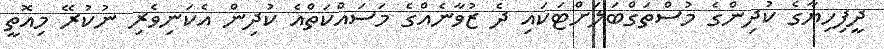
ދީީފިހިޔާގެ ކުދިންގެ މުސްތަގްބަލަށްޓަކައި ދެ ޒުވާނެއްގެ މަސައްކަތްއެ ކުދިން އެކަނިވެރި ނުކުރޭ މިއޮތީ